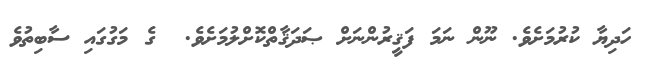
ހަދިޔާ ކުރުމަށެވެ. ނޫން ނަމަ ފަޤީރުންނަށް ޞަދަޤާތްކޮށްލުމަށެވެ.  ގެ މަގުގައި ސާބިތުވެ